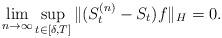
LaTeX: \begin{align*}\lim_{n \to \infty} \sup_{t \in [\delta,T]} \|(S^{(n)}_t - S_t) f\|_H = 0. \end{align*}